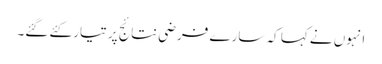
انہوں نے کہا کہ سارے فرضی نتائج پر تیار کئے گئے۔